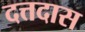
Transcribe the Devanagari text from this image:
दत्तदास